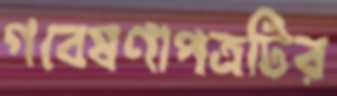
গবেষণাপত্রটির